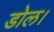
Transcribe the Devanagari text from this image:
डोल।